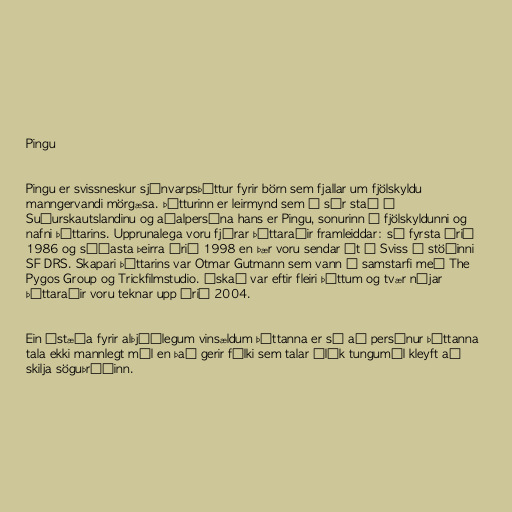
Pingu

Pingu er svissneskur sjónvarpsþáttur fyrir börn sem fjallar um fjölskyldu
manngervandi mörgæsa. Þátturinn er leirmynd sem á sér stað á
Suðurskautslandinu og aðalpersóna hans er Pingu, sonurinn í fjölskyldunni og
nafni þáttarins. Upprunalega voru fjórar þáttaraðir framleiddar: sú fyrsta árið
1986 og síðasta þeirra árið 1998 en þær voru sendar út í Sviss á stöðinni
SF DRS. Skapari þáttarins var Otmar Gutmann sem vann í samstarfi með The
Pygos Group og Trickfilmstudio. Óskað var eftir fleiri þáttum og tvær nýjar
þáttaraðir voru teknar upp árið 2004.

Ein ástæða fyrir alþjóðlegum vinsældum þáttanna er sú að persónur þáttanna
tala ekki mannlegt mál en það gerir fólki sem talar ólík tungumál kleyft að
skilja söguþráðinn.